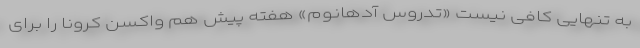
به تنهایی کافی نیست «تدروس آدهانوم» هفته پیش هم واکسن کرونا را برای